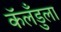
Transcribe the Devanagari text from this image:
कॅलँडुला